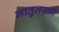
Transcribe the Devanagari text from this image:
मातुलस्त्री